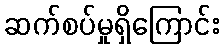
ဆက်စပ်မှုရှိကြောင်း